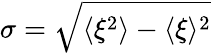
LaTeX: \sigma=\sqrt{\langle\xi^{2}\rangle-\langle\xi\rangle^{2}}